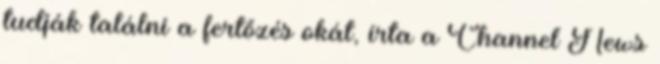
tudják találni a fertőzés okát, írta a Channel News